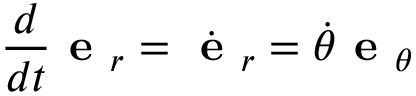
{ \frac { d } { d t } } { \textbf { e } } _ { r } = { \dot { \textbf { e } } } _ { r } = { \dot { \theta } } { \textbf { e } } _ { \theta }